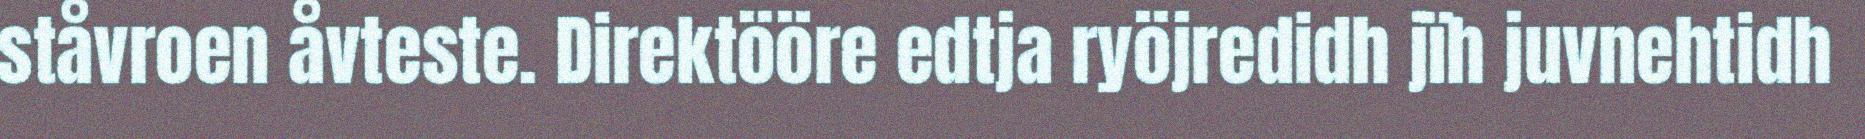
ståvroen åvteste. Direktööre edtja ryöjredidh jïh juvnehtidh